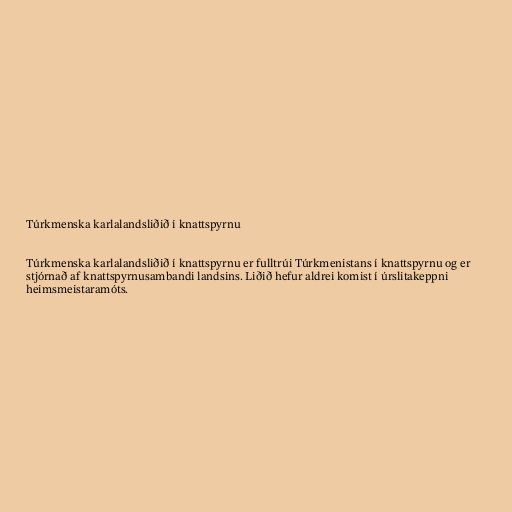
Túrkmenska karlalandsliðið í knattspyrnu

Túrkmenska karlalandsliðið í knattspyrnu er fulltrúi Túrkmenistans í knattspyrnu og er
stjórnað af knattspyrnusambandi landsins. Liðið hefur aldrei komist í úrslitakeppni
heimsmeistaramóts.